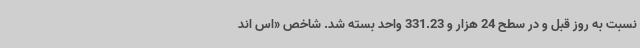
نسبت به روز قبل و در سطح 24 هزار و 331.23 واحد بسته شد. شاخص «اس اند